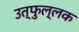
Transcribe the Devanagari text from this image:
उत्‍फुल्‍लक